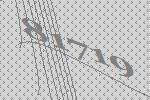
81719